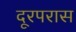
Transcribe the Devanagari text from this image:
दूरपरास